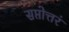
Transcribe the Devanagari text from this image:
सप्तोत्तरं